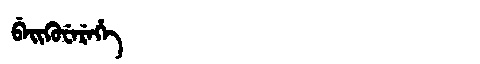
Manchu: ᠪᡝᡳᡴᡠᠸᡝᡵᡝᡥᡝ
Romanization: BEIKUWEREHE